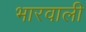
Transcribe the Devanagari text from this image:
भारवाली